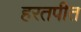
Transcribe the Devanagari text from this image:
हरतपीत